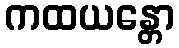
ကထယန္တော